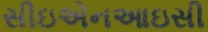
સીઇએનઆઇસી